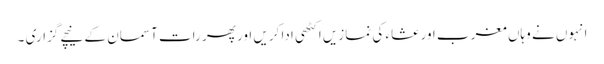
انہوں نے وہاں مغرب اور عشاء کی نمازیں اکٹھی ادا کریں اور پھر رات آسمان کے نیچے گزاری ۔